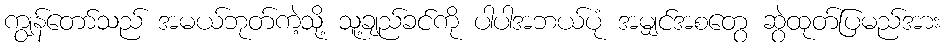
ကျွန်တော်သည် အမယ်ဘုတ်ကဲ့သို့ သူ့ချည်ခင်ကို ပါပါအဘယ်ပုံ အမျှင်အစတွေ ဆွဲထုတ်ပြမည်အား